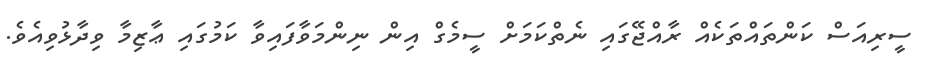
ސީރިއަސް ކަންތައްތަކެއް ރާއްޖޭގައި ނެތްކަމަށް ސީމެގް އިން ނިންމަވާފައިވާ ކަމުގައި ޢާޒިމާ ވިދާޅުވިއެވެ.